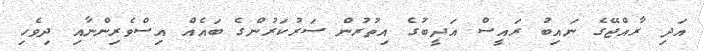
އަދި ރާއްޖޭގެ ނައިބު ރައީސް އަދީބުގެ އިތުރުން ސަރުކަރުންގެ ބައެއް އިސްވެރިންނާއި ދިވެހި